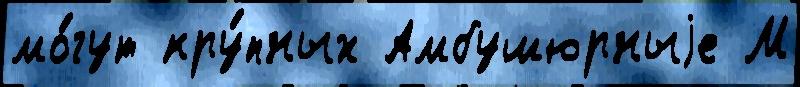
мо́гут кру́пных Амбушюрныjе М